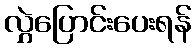
လွှဲပြောင်းပေးရန်